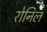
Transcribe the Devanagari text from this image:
रोनिल